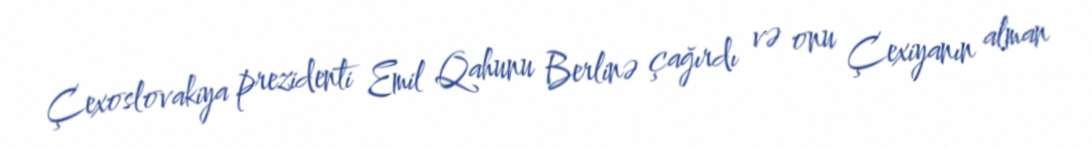
Çexoslovakiya prezidenti Emil Qahunu Berlinə çağırdı və onu Çexiyanın alman